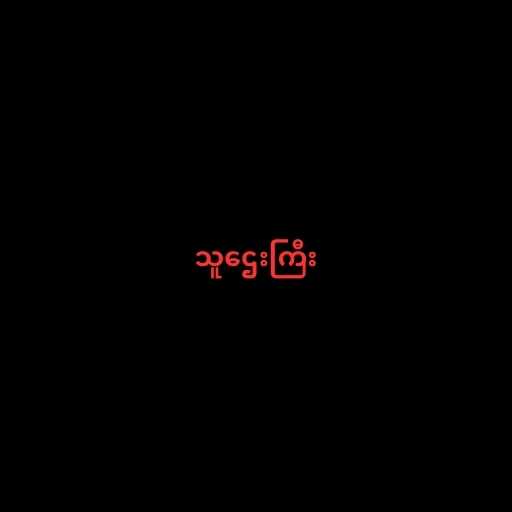
သူဌေးကြီး